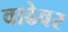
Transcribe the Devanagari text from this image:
वाढेवर